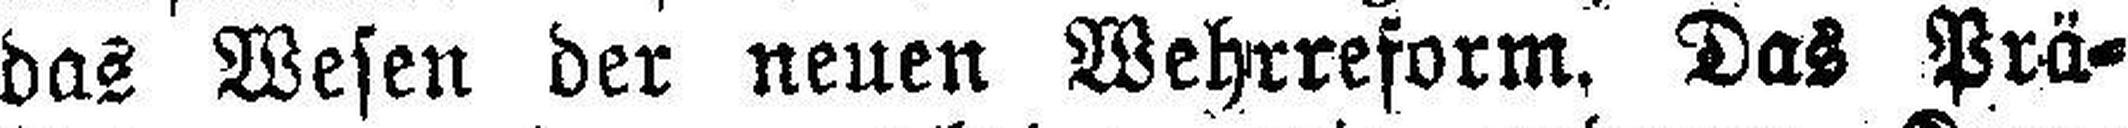
das Wesen der neuen Wehrreform, Das Prä¬